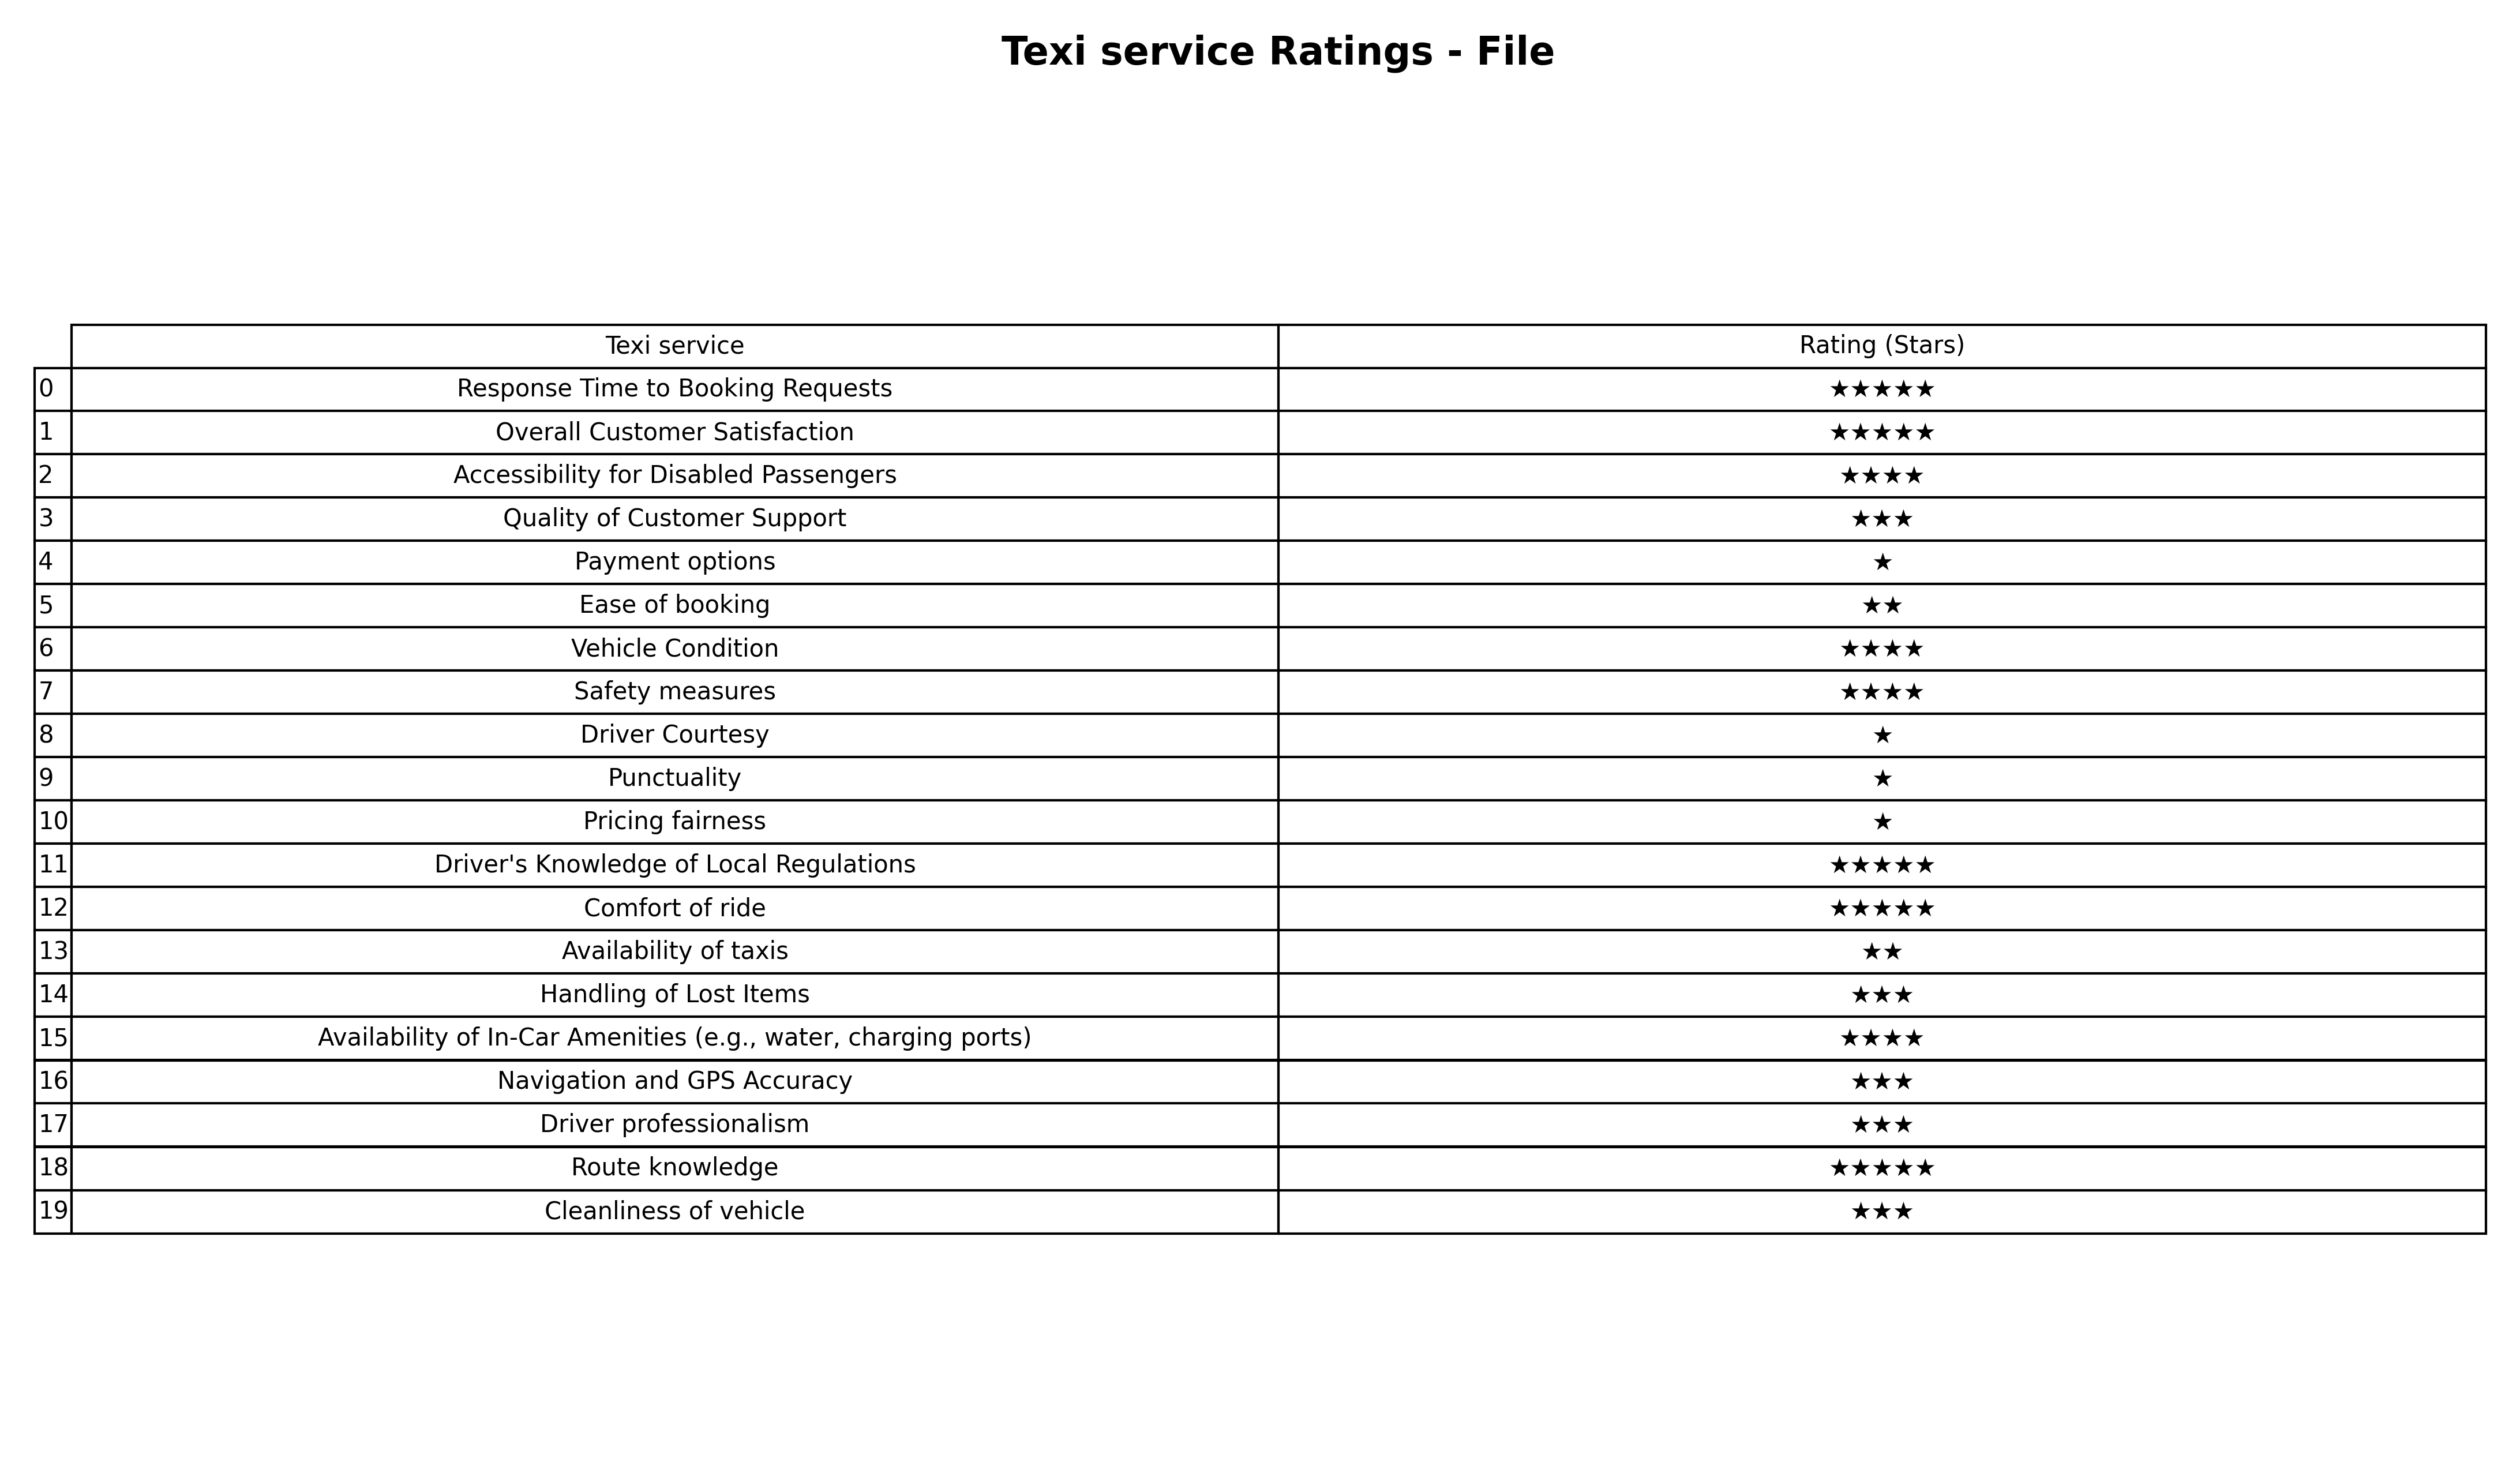
question: What are three star services?
answer: Quality of Customer SupportHandling of Lost ItemsNavigation and GPS AccuracyDriver professionalismCleanliness of vehicle